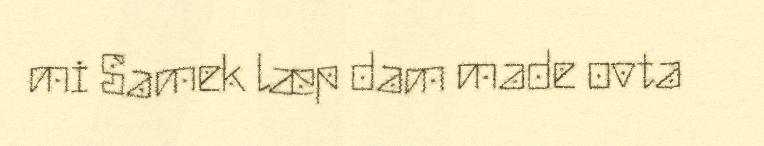
mi Samek læp dam made ovta